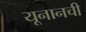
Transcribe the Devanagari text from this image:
यूनानची